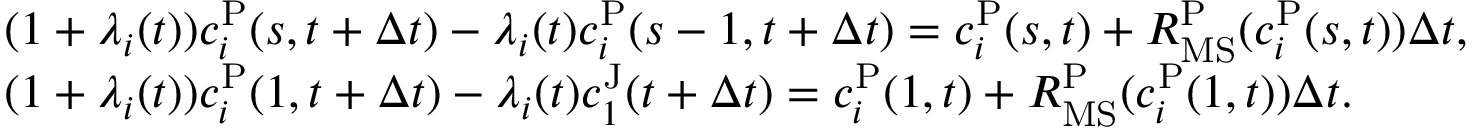
\begin{array} { r l } & { ( 1 + { \lambda } _ { i } ( t ) ) c _ { i } ^ { \mathrm { P } } ( s , t + \Delta t ) - { \lambda } _ { i } ( t ) c _ { i } ^ { \mathrm { P } } ( s - 1 , t + \Delta t ) = c _ { i } ^ { \mathrm { P } } ( s , t ) + R _ { \mathrm { M S } } ^ { \mathrm { P } } ( c _ { i } ^ { \mathrm { P } } ( s , t ) ) \Delta t , ~ } \\ & { ( 1 + { \lambda } _ { i } ( t ) ) c _ { i } ^ { \mathrm { P } } ( 1 , t + \Delta t ) - { \lambda } _ { i } ( t ) c _ { 1 } ^ { \mathrm { J } } ( t + \Delta t ) = c _ { i } ^ { \mathrm { P } } ( 1 , t ) + R _ { \mathrm { M S } } ^ { \mathrm { P } } ( c _ { i } ^ { \mathrm { P } } ( 1 , t ) ) \Delta t . ~ } \end{array}